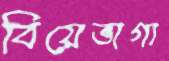
বিয়েভাগ্য